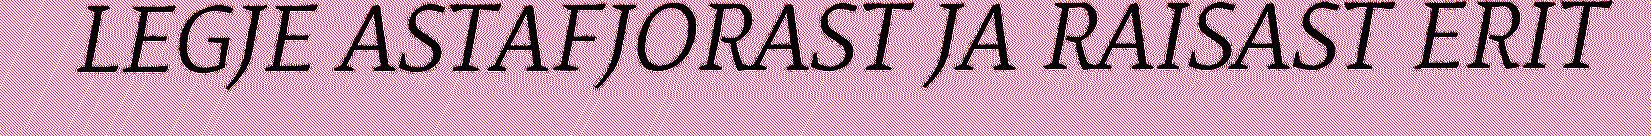
LEGJE ASTAFJORAST JA RAISAST ERIT